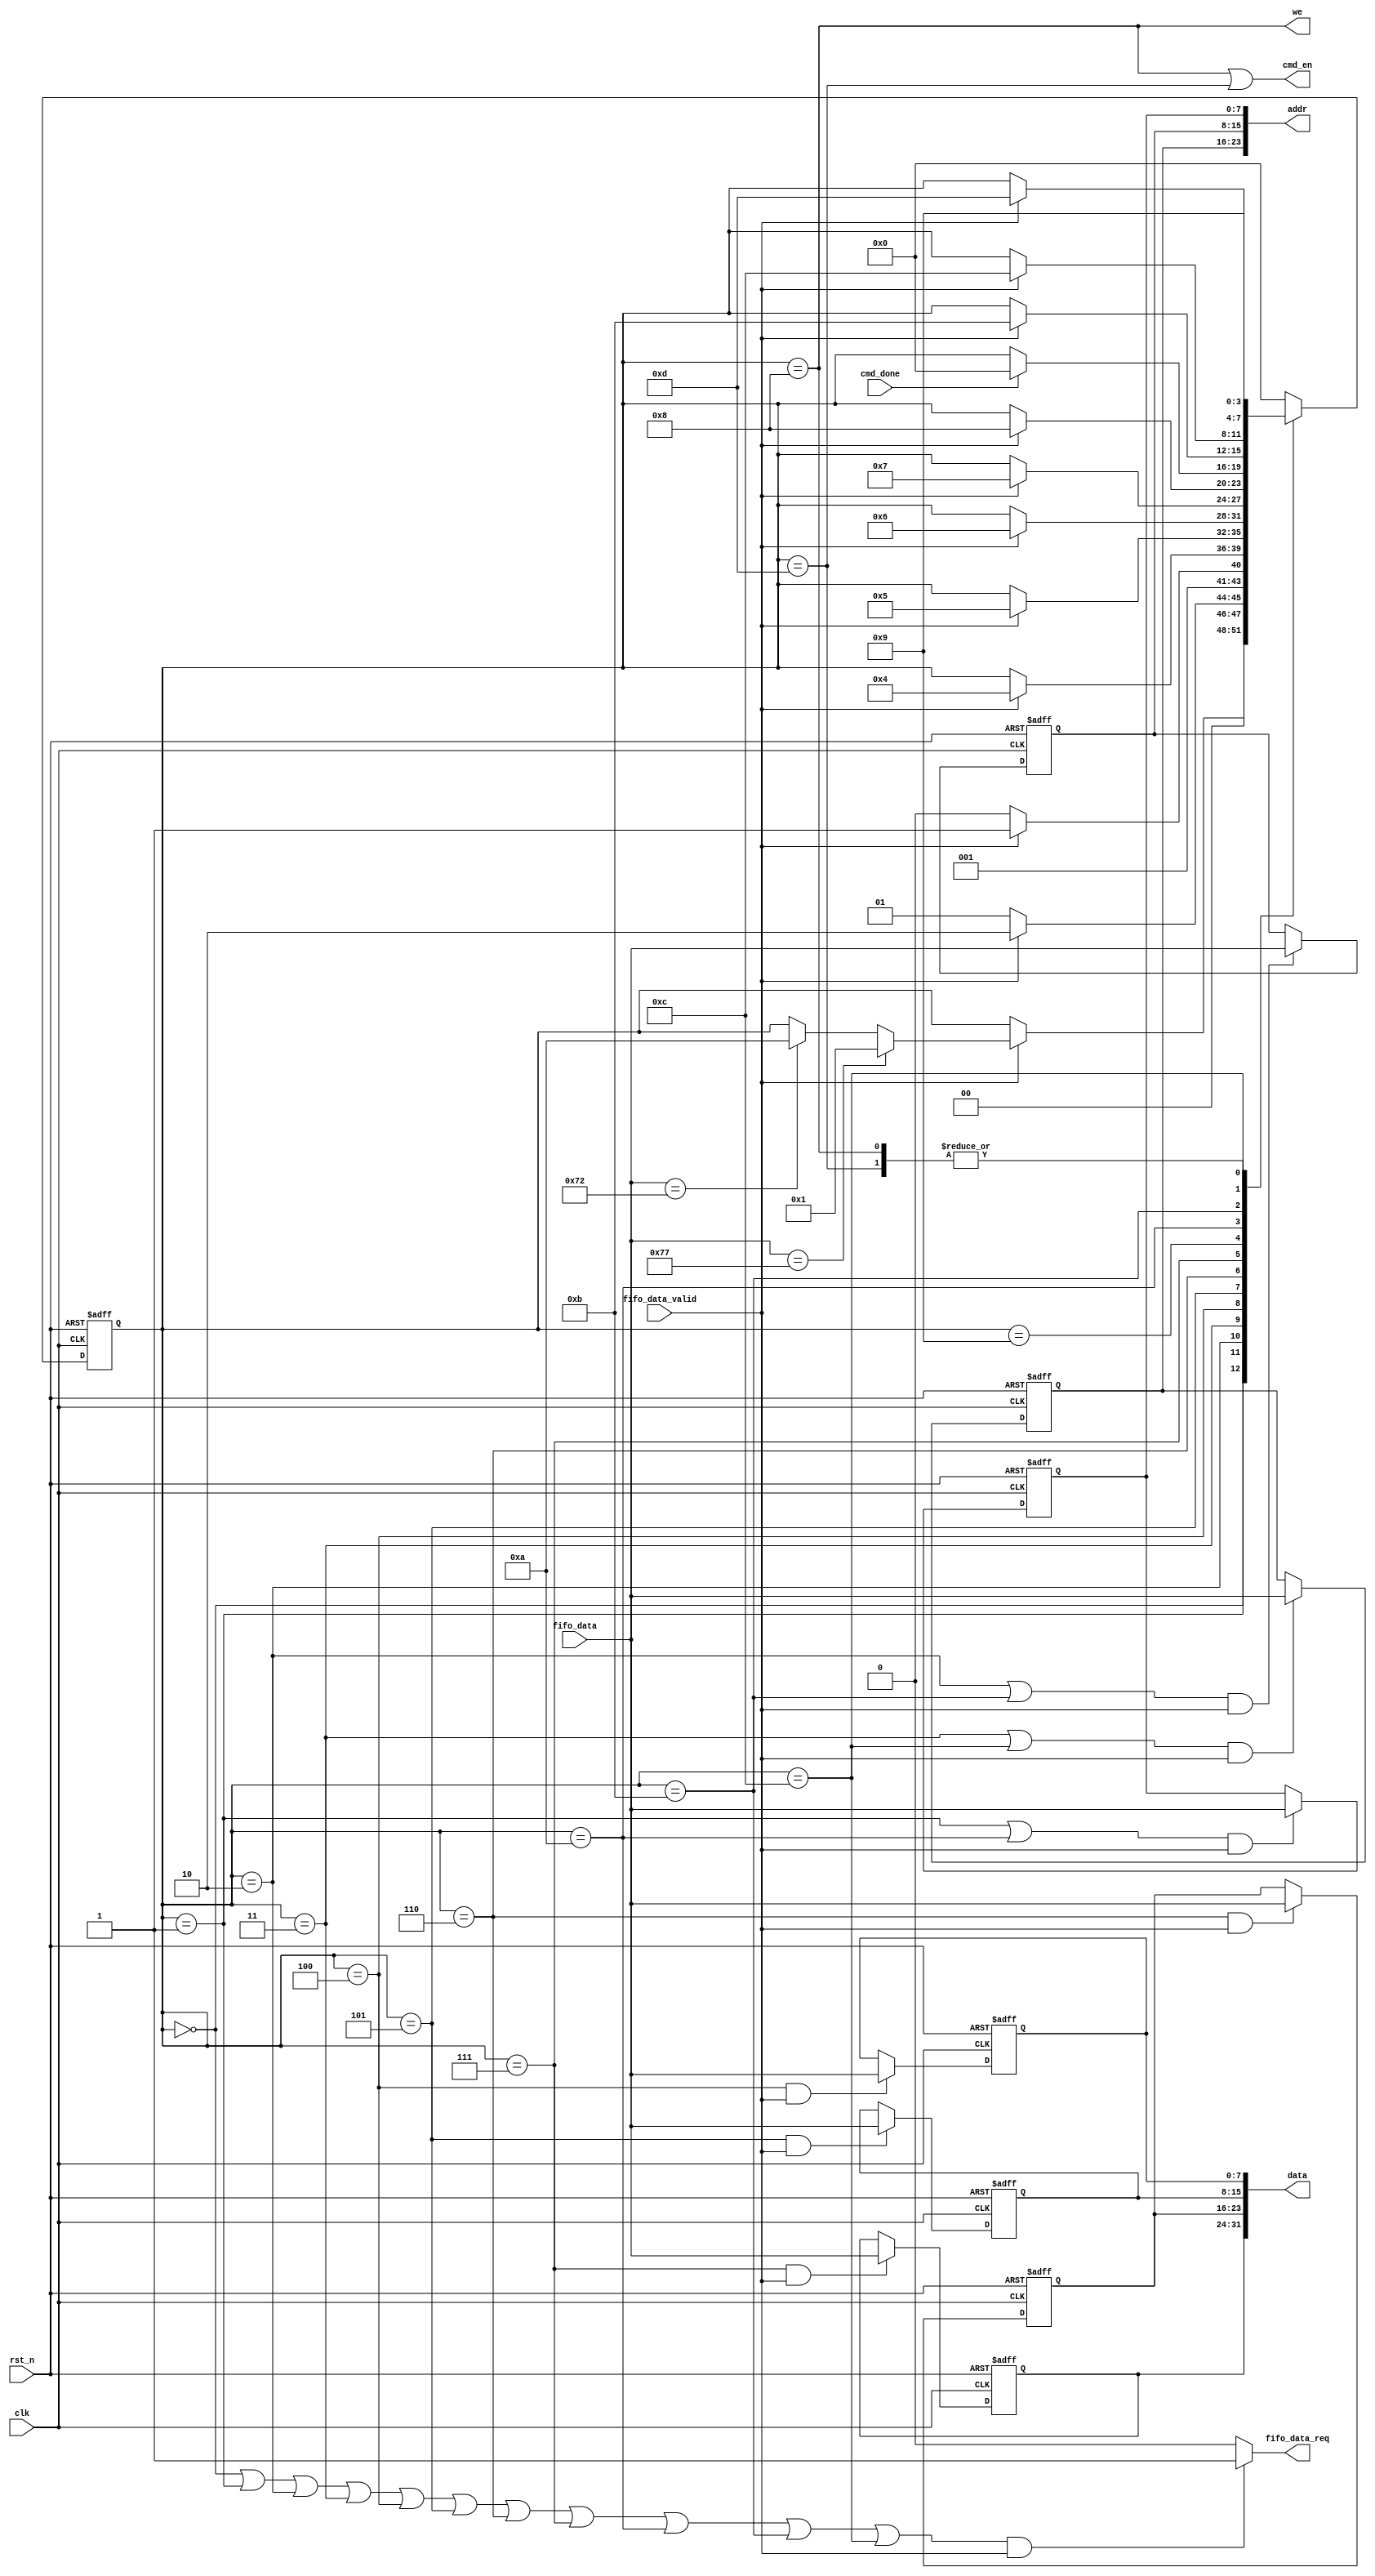

//////////////////////////////////////////////////////////////////////////////
//
// Copyright (c) 2020 PANGO MICROSYSTEMS, INC
// ALL RIGHTS REVERVED.
//
// THE SOURCE CODE CONTAINED HEREIN IS PROPRIETARY TO PANGO MICROSYSTEMS, INC.
// IT SHALL NOT BE REPRODUCED OR DISCLOSED IN WHOLE OR IN PART OR USED BY
// PARTIES WITHOUT WRITTEN AUTHORIZATION FROM THE OWNER.
//
//////////////////////////////////////////////////////////////////////////////

`timescale 1ns/1ps

module ipsxb_cmd_parser_32bit(
    input               clk,
    input               rst_n,

    input       [7:0]   fifo_data,
    input               fifo_data_valid,
    output  reg         fifo_data_req,
    
    output      [23:0]  addr,
    output      [31:0]  data,
    output              we,
    output              cmd_en,
    input               cmd_done
);

localparam ST_IDLE    = 4'd0;
localparam ST_W_ADDRL = 4'd1;
localparam ST_W_ADDRM = 4'd2;
localparam ST_W_ADDRH = 4'd3;
localparam ST_W_DATA_B0 = 4'd4;
localparam ST_W_DATA_B1 = 4'd5;
localparam ST_W_DATA_B2 = 4'd6;
localparam ST_W_DATA_B3 = 4'd7;
localparam ST_W_CMD   = 4'd8;
localparam ST_WAIT    = 4'd9;
localparam ST_R_ADDRL = 4'd10;
localparam ST_R_ADDRM = 4'd11;
localparam ST_R_ADDRH = 4'd12;
localparam ST_R_CMD   = 4'd13;

localparam ASC_w = 8'h77;
localparam ASC_r = 8'h72;

reg     [3:0]   crt_st;
reg     [3:0]   nxt_st;

reg     [7:0]   addrl;
reg     [7:0]   addrm;
reg     [7:0]   addrh;
reg     [7:0]   data_b0;
reg     [7:0]   data_b1;
reg     [7:0]   data_b2;
reg     [7:0]   data_b3;
assign addr = {addrh,addrm,addrl};
assign data = {data_b3,data_b2,data_b1,data_b0};
assign we = crt_st == ST_W_CMD;
assign cmd_en = (crt_st == ST_W_CMD) | (crt_st == ST_R_CMD);

wire in_st_idle    = crt_st == ST_IDLE;
wire in_st_w_addrl = crt_st == ST_W_ADDRL;
wire in_st_w_addrm = crt_st == ST_W_ADDRM;
wire in_st_w_addrh = crt_st == ST_W_ADDRH;
wire in_st_w_data_b0  = crt_st == ST_W_DATA_B0;
wire in_st_w_data_b1  = crt_st == ST_W_DATA_B1;
wire in_st_w_data_b2  = crt_st == ST_W_DATA_B2;
wire in_st_w_data_b3  = crt_st == ST_W_DATA_B3;
wire in_st_r_addrl = crt_st == ST_R_ADDRL;
wire in_st_r_addrm = crt_st == ST_R_ADDRM;
wire in_st_r_addrh = crt_st == ST_R_ADDRH;
wire wait_fifo_data = in_st_idle | in_st_w_addrl | in_st_w_addrm | in_st_w_addrh | in_st_w_data_b0 | in_st_w_data_b1 | 
                      in_st_w_data_b2 | in_st_w_data_b3 | in_st_r_addrl | in_st_r_addrm | in_st_r_addrh;

always @(posedge clk or negedge rst_n)
begin
    if(~rst_n)
        crt_st <= ST_IDLE;
    else
        crt_st <= nxt_st;
end

always @(*)
begin
    nxt_st = crt_st;
    case(crt_st)
        ST_IDLE    :
        begin
            if(fifo_data_valid)
            begin
                if(fifo_data == ASC_w)
                    nxt_st = ST_W_ADDRL;
                else if(fifo_data == ASC_r)
                    nxt_st = ST_R_ADDRL;
                else
                    nxt_st = crt_st;
            end
            else
                nxt_st = crt_st;
        end
        ST_W_ADDRL :
        begin
            if(fifo_data_valid)
                nxt_st = ST_W_ADDRM;
            else
                nxt_st = ST_W_ADDRL;
        end
        ST_W_ADDRM :
        begin
            if(fifo_data_valid)
                nxt_st = ST_W_ADDRH;
            else
                nxt_st = ST_W_ADDRM;
        end               
        ST_W_ADDRH :
        begin
            if(fifo_data_valid)
                nxt_st = ST_W_DATA_B0;
            else
                nxt_st = crt_st;
        end 
        ST_W_DATA_B0  :
        begin
            if(fifo_data_valid)
                nxt_st = ST_W_DATA_B1;
            else
                nxt_st = crt_st;
        end
        ST_W_DATA_B1  :
        begin
            if(fifo_data_valid)
                nxt_st = ST_W_DATA_B2;
            else
                nxt_st = crt_st;
        end
        ST_W_DATA_B2  :
        begin
            if(fifo_data_valid)
                nxt_st = ST_W_DATA_B3;
            else
                nxt_st = crt_st;
        end
        ST_W_DATA_B3  :
        begin
            if(fifo_data_valid)
                nxt_st = ST_W_CMD;
            else
                nxt_st = crt_st;
        end
        ST_W_CMD   :
        begin
            nxt_st = ST_WAIT;
        end
        ST_WAIT    :
        begin
            if(cmd_done)
                nxt_st = ST_IDLE;
            else
                nxt_st = crt_st;
        end
        ST_R_ADDRL :
        begin
            if(fifo_data_valid)
                nxt_st = ST_R_ADDRM;
            else
                nxt_st = crt_st;
        end
        ST_R_ADDRM :
        begin
            if(fifo_data_valid)
                nxt_st = ST_R_ADDRH;
            else
                nxt_st = crt_st;
        end
        ST_R_ADDRH :
        begin
            if(fifo_data_valid)
                nxt_st = ST_R_CMD;
            else
                nxt_st = crt_st;
        end
        ST_R_CMD   :
        begin
            nxt_st = ST_WAIT;
        end
        default    :
        begin
            nxt_st = ST_IDLE;
        end
    endcase
end

always @(posedge clk or negedge rst_n)
begin
    if(~rst_n)
        addrl <= 8'b0;
    else if((in_st_w_addrl | in_st_r_addrl) && fifo_data_valid)
        addrl <= fifo_data;
end

always @(posedge clk or negedge rst_n)
begin
    if(~rst_n)
        addrm <= 8'b0;
    else if((in_st_w_addrm | in_st_r_addrm) && fifo_data_valid)
        addrm <= fifo_data;
end

always @(posedge clk or negedge rst_n)
begin
    if(~rst_n)
        addrh <= 8'b0;
    else if((in_st_w_addrh | in_st_r_addrh) && fifo_data_valid)
        addrh <= fifo_data;
end

always @(posedge clk or negedge rst_n)
begin
    if(~rst_n)
        data_b0 <= 8'b0;
    else if(in_st_w_data_b0 && fifo_data_valid)
        data_b0 <= fifo_data;
end

always @(posedge clk or negedge rst_n)
begin
    if(~rst_n)
        data_b1 <= 8'b0;
    else if(in_st_w_data_b1 && fifo_data_valid)
        data_b1 <= fifo_data;
end

always @(posedge clk or negedge rst_n)
begin
    if(~rst_n)
        data_b2 <= 8'b0;
    else if(in_st_w_data_b2 && fifo_data_valid)
        data_b2 <= fifo_data;
end

always @(posedge clk or negedge rst_n)
begin
    if(~rst_n)
        data_b3 <= 8'b0;
    else if(in_st_w_data_b3 && fifo_data_valid)
        data_b3 <= fifo_data;
end

always @(*)
begin
    if(wait_fifo_data && fifo_data_valid)
        fifo_data_req = 1'b1;
    else
        fifo_data_req = 1'b0;
end

endmodule //pgr_cmd_parser